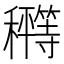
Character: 𰩂